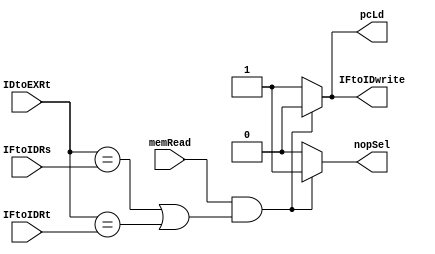
`timescale 1ns/1ns
module HazardUnit(input memRead, input[4:0] IDtoEXRt, IFtoIDRs, IFtoIDRt,
                  output reg nopSel, IFtoIDwrite, pcLd);
  always @(*) begin
    if((memRead == 1) && ((IDtoEXRt == IFtoIDRs) || (IDtoEXRt == IFtoIDRt))) begin
      nopSel = 1;
      pcLd = 0;
      IFtoIDwrite = 0;
    end
    else begin
      nopSel = 0;
      pcLd = 1;
      IFtoIDwrite = 1;
    end
  end            
endmodule